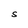
Character: S